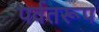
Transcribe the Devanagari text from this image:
पर्वतरूप